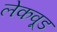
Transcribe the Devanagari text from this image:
लेकवूड